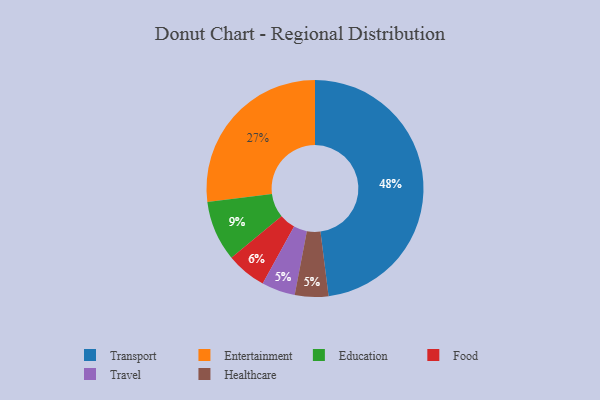
{"axis": {"x": "Category", "y": "Percentage"}, "legend": ["Education", "Entertainment", "Food", "Healthcare", "Transport", "Travel"], "data": [{"x": "Travel", "y": 5, "type": "Travel"}, {"x": "Healthcare", "y": 5, "type": "Healthcare"}, {"x": "Transport", "y": 48, "type": "Transport"}, {"x": "Education", "y": 9, "type": "Education"}, {"x": "Entertainment", "y": 27, "type": "Entertainment"}, {"x": "Food", "y": 6, "type": "Food"}]}